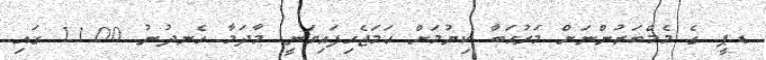
ޑ.ޕީ ގެ މެމްބަރުންނަށް މަރުޙަބާ ކިޔުމަށް ހަމަޖެހިފައިވަނީ މާދަމާ ހެނދުނު 11.00 ގައި